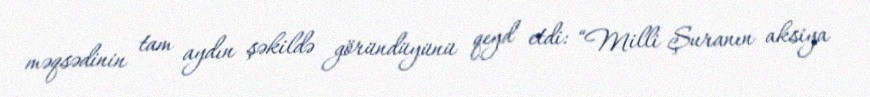
məqsədinin tam aydın şəkildə göründüyünü qeyd etdi: “Milli Şuranın aksiya